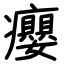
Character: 癭